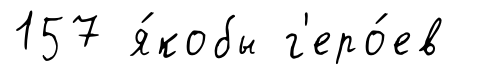
157 я́кобы г'еро́ев